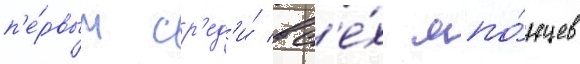
п'е́рвым ср'ед'и́ вс'е́х япо́нцев